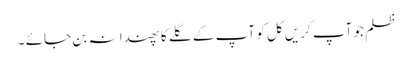
ظلم جو آپ کریں کل کو آپ کے گلے کا پھندا نہ بن جائے ۔